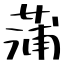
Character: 蒲